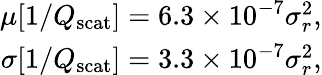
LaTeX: \begin{array}{r}{\mu[1/Q_{\mathrm{scat}}]=6.3\times 10^{-7}\sigma_{r}^{2},}\\ {\sigma[1/Q_{\mathrm{scat}}]=3.3\times 10^{-7}\sigma_{r}^{2},}\end{array}